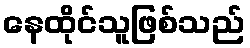
နေထိုင်သူဖြစ်သည်